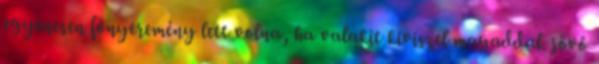
egyenesen főnyeremény lett volna, ha valakit kiviszel magaddal. jövő